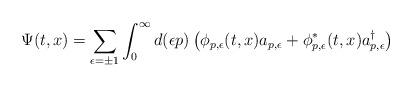
LaTeX: \begin{align*}\Psi(t,x) = \sum_{\epsilon=\pm 1}\int_{0}^\infty d(\epsilon p)\left(\phi_{p,\epsilon}(t,x)a_{p,\epsilon} +\phi_{p,\epsilon}^\ast(t,x)a_{p,\epsilon}^{\dagger}\right)\end{align*}